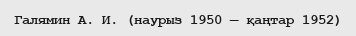
Галямин А. И. (наурыз 1950 — қаңтар 1952)